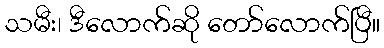
သမီး၊ ဒီလောက်ဆို တော်လောက်ပြီ။